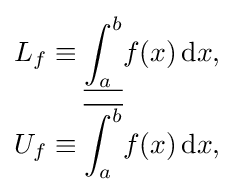
{\begin{aligned}&{}L_{f}\equiv {\underline {\int _{a}^{b}}}f(x)\,\mathrm {d} x,\\&{}U_{f}\equiv {\overline {\int _{a}^{b}}}f(x)\,\mathrm {d} x,\end{aligned}}